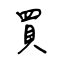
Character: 買